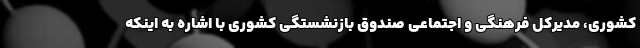
کشوری، مدیرکل فرهنگی و اجتماعی صندوق بازنشستگی کشوری با اشاره به اینکه